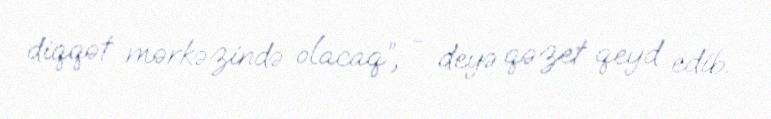
diqqət mərkəzində olacaq”, - deyə qəzet qeyd edib.